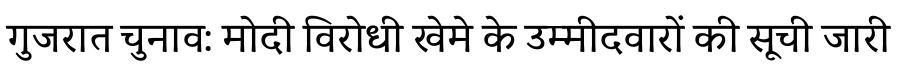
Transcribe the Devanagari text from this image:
गुजरात चुनाव: मोदी विरोधी खेमे के उम्मीदवारों की सूची जारी